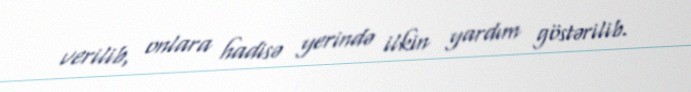
verilib, onlara hadisə yerində ilkin yardım göstərilib.